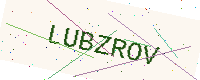
Text: LUBZROV